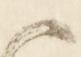
候